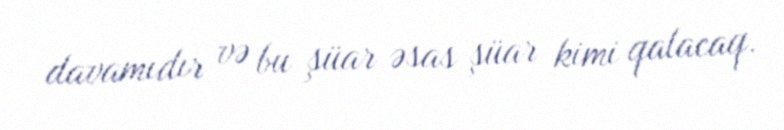
davamıdır və bu şüar əsas şüar kimi qalacaq.